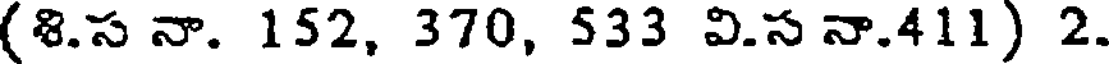
(8.స నా. 152, 370, 533 వి.స నా.411) 2.